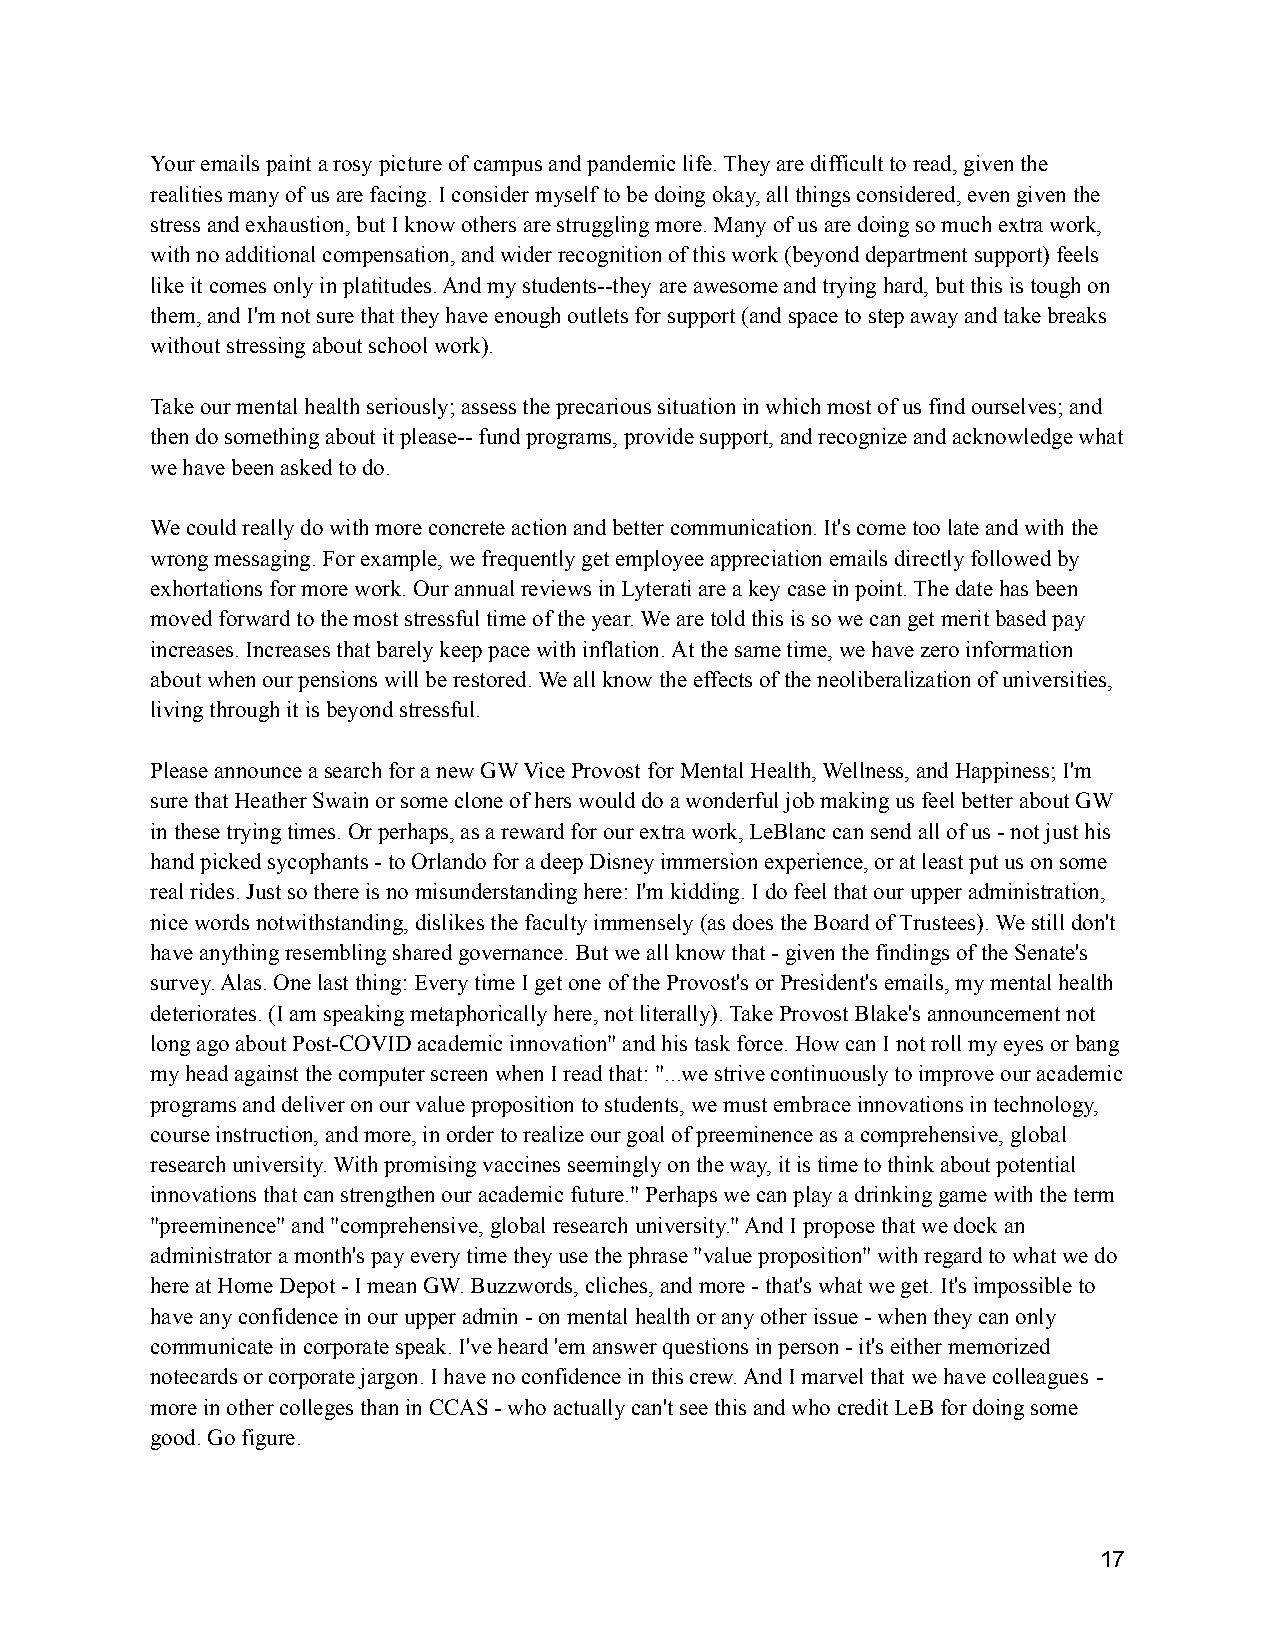
Your emails paint a rosy picture of campus and pandemic life. They are difficult to read, given the
 realities many of us are facing. I consider myselfto be doing okay, all things considered, even giventhe
 stress and exhaustion, but I know others are strugglingmore. Many of us are doing so much extra work,
 with no additional compensation, and wider recognitionof this work (beyond department support) feels
 like it comes only in platitudes. And my students--they are awesome and trying hard, but this is tough on
 them, and I'm not sure that they have enough outletsfor support (and space to step away and take breaks
 without stressing about school work).
 Take our mental health seriously; assess the precarioussituation in which most of us find ourselves; and
 then do something about it please-- fund programs,provide support, and recognize and acknowledge what
 we have been asked to do.
 We could really do with more concrete action and bettercommunication. It's come too late and with the
 wrong messaging. For example, we frequently get employeeappreciation emails directly followed by
 exhortations for more work. Our annual reviews inLyterati are a key case in point. The date has been
 moved forward to the most stressful time of the year.We are told this is so we can get merit based pay
 increases. Increases that barely keep pace with inflation.At the same time, we have zero information
 about when our pensions will be restored. We all knowthe effects of the neoliberalization of universities,
 living through it is beyond stressful.
 Please announce a search for a new GW Vice Provost for Mental Health, Wellness, and Happiness; I'm
 sure that Heather Swain or some clone of hers woulddo a wonderful job making us feel better about GW
 in these trying times. Or perhaps, as a reward forour extra work, LeBlanc can send all of us - notjust his
 hand picked sycophants - to Orlando for a deep Disneyimmersion experience, or at least put us on some
 real rides. Just so there is no misunderstanding here:I'm kidding. I do feel that our upper administration,
 nice words notwithstanding, dislikes the faculty immensely(as does the Board of Trustees). We still don't
 have anything resembling shared governance. But weall know that - given the findings of the Senate's
 survey. Alas. One last thing: Every time I get one of the Provost's or President's emails, my mentalhealth
 deteriorates. (I am speaking metaphorically here,not literally). Take Provost Blake's announcementnot
 long ago about Post-COVID academic innovation" andhis task force. How can I not roll my eyes or bang
 my head against the computer screen when I read that:"...we strive continuously to improve our academic
 programs and deliver on our value proposition to students,we must embrace innovations in technology,
 course instruction, and more, in order to realizeour goal of preeminence as a comprehensive, global
 research university. With promising vaccines seeminglyon the way, it is time to think about potential
 innovations that can strengthen our academic future."Perhaps we can play a drinking game with the term
 "preeminence" and "comprehensive, global researchuniversity." And I propose that we dock an
 administrator a month's pay every time they use thephrase "value proposition" with regard to what wedo
 here at Home Depot - I mean GW. Buzzwords, cliches,and more - that's what we get. It's impossible to
 have any confidence in our upper admin - on mentalhealth or any other issue - when they can only
 communicate in corporate speak. I've heard 'em answerquestions in person - it's either memorized
 notecards or corporate jargon. I have no confidencein this crew. And I marvel that we have colleagues -
 more in other colleges than in CCAS - who actuallycan't see this and who credit LeB for doing some
 good. Go figure.
 17